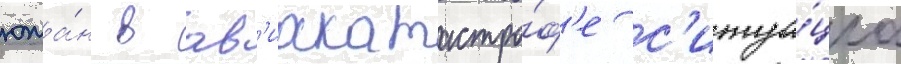
южа́н в ав'иакатастро́ф'е с'итуа́циа